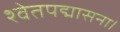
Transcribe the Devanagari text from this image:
श्वेतपद्मासना।